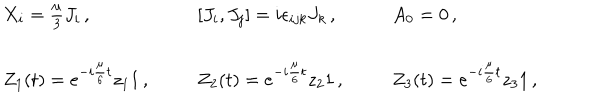
LaTeX: \begin{array} { l l l } { { X _ { i } = \textstyle { \frac { \mu } { 3 } } J _ { i } \, , } } & { { [ J _ { i } , J _ { j } ] = i \epsilon _ { i j k } J _ { k } \, , } } & { { A _ { 0 } = 0 \, , } } \\ { { { } } } & { { { } } } & { { { } } } \\ { { Z _ { 1 } ( t ) = e ^ { - i \frac { \mu } { 6 } t } z _ { 1 } { 1 } \, , } } & { { Z _ { 2 } ( t ) = e ^ { - i \frac { \mu } { 6 } t } z _ { 2 } { 1 } \, , } } & { { Z _ { 3 } ( t ) = e ^ { - i \frac { \mu } { 6 } t } z _ { 3 } { 1 } \, , } } \\ \end{array}